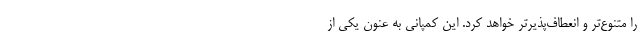
را متنوع‌تر و انعطاف‌پذیر‌تر خواهد کرد. این کمپانی به عنون یکی از